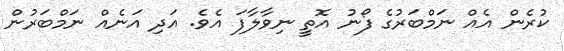
ކުރެން އެއް ނަމްބަރުގެ ފޯނު އޮތީ ނިވާލާފަ އެވެ. އަދި އަނެއް ނަމްބަރުން